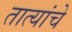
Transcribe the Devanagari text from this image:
तात्यांचे